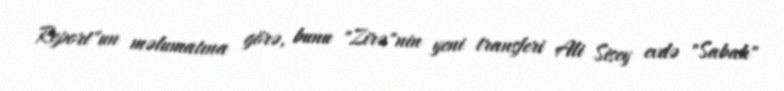
Report"un məlumatına görə, bunu "Zirə"nin yeni transferi Ali Sisey evdə "Sabah"